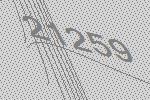
21259